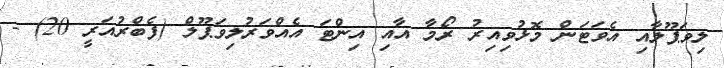
ލިވަޕޫލާއި އެވަޓަން މޮޅުވިއިރު ރޯމާ އާއި އިންޓަ އެއްވަރުލިވަޕޫލް (ފެބްރުއަރީ 20) -